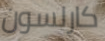
كارلسون